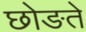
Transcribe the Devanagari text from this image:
छोङते